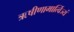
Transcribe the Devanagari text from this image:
ऋषीणामार्त्विज्यं